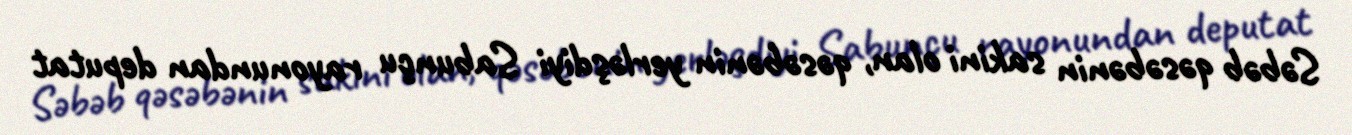
Səbəb qəsəbənin sakini olan, qəsəbənin yerləşdiyi Sabunçu rayonundan deputat